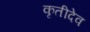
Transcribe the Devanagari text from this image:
कृतीदेव